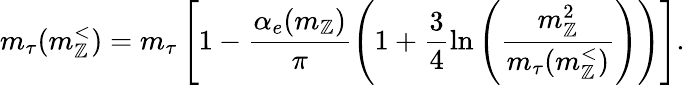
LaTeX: m_{\tau}(m_{\mathbb{Z}}^{<})=m_{\tau}\left[1-\frac{{\alpha_{e}(m_{\mathbb{Z}})}}{{\pi}}\left(1+\frac{{3}}{{4}}\ln\left(\frac{{m_{\mathbb{Z}}^{2}}}{{m_{\tau}(m_{\mathbb{Z}}^{<})}}\right)\right)\right].